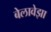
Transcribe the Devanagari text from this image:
बेलावेझा